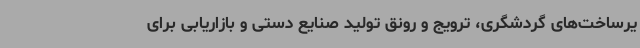
یرساخت‌های گردشگری، ترویج و رونق تولید صنایع دستی و بازاریابی برای